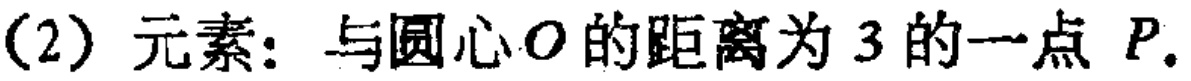
(2) 元素：与圆心\(O\)的距离为\(3\)的一点 \(P\).